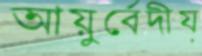
আয়ুর্বেদীয়